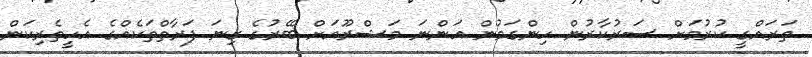
ތަރައްގީ ކުރުމަށް ސަރުކާރުން ހިންގަމުން އަންނަ މަޝްރޫއަށް ބޭރުގެ ގިނަ ފަރާތްތަކެއްގެ އެހީތެރިކަން